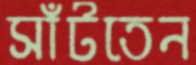
সাঁটতেন